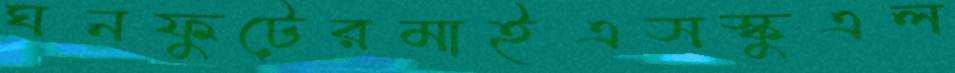
ঘনফুটেরমাইএসস্কুএল